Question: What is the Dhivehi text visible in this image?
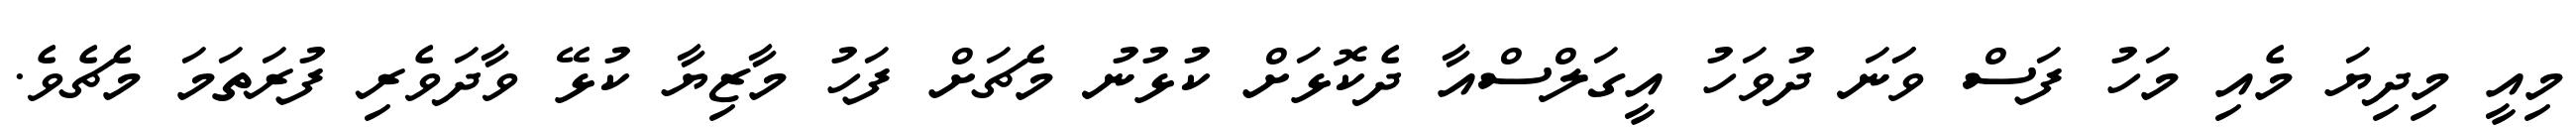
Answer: މިއީ މިދިޔަ މެއި މަހު ފަސް ވަަނަ ދުވަހު އީގަލްސްއާ ދެކޮޅަށް ކުޅުނު މެޗަށް ފަހު މާޒިޔާ ކުޅޭ ވާދަވެރި ފުރަތަމަ މެޗެވެ.